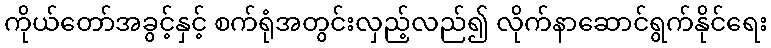
ကိုယ်တော်အခွင့်နှင့် စက်ရုံအတွင်းလှည့်လည်၍ လိုက်နာဆောင်ရွက်နိုင်ရေး